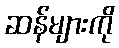
ဆန်များကို